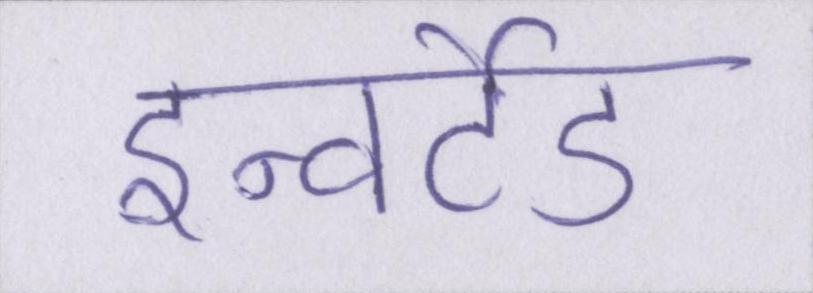
इन्वर्टेड